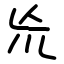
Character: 㠩